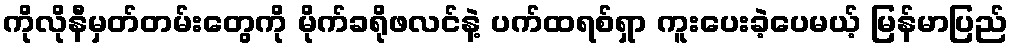
ကိုလိုနီမှတ်တမ်းတွေကို မိုက်ခရိုဖလင်နဲ့ ပက်ထရစ်ရှာ ကူးပေးခဲ့ပေမယ့် မြန်မာပြည်